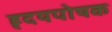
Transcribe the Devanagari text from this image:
हृदयपोषक